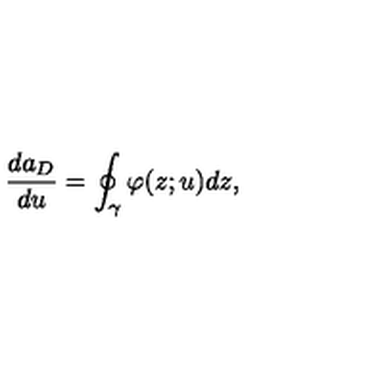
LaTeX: \frac { d a _ { D } } { d u } = \oint _ { \gamma } \varphi ( z ; u ) d z ,